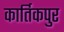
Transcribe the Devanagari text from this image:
कार्तिकपुर